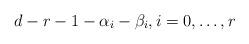
LaTeX: \begin{align*}d-r-1-\alpha_i-\beta_i,i = 0,\ldots,r\end{align*}